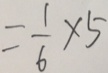
= \frac { 1 } { 6 } \times 5